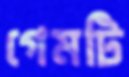
গেমটি